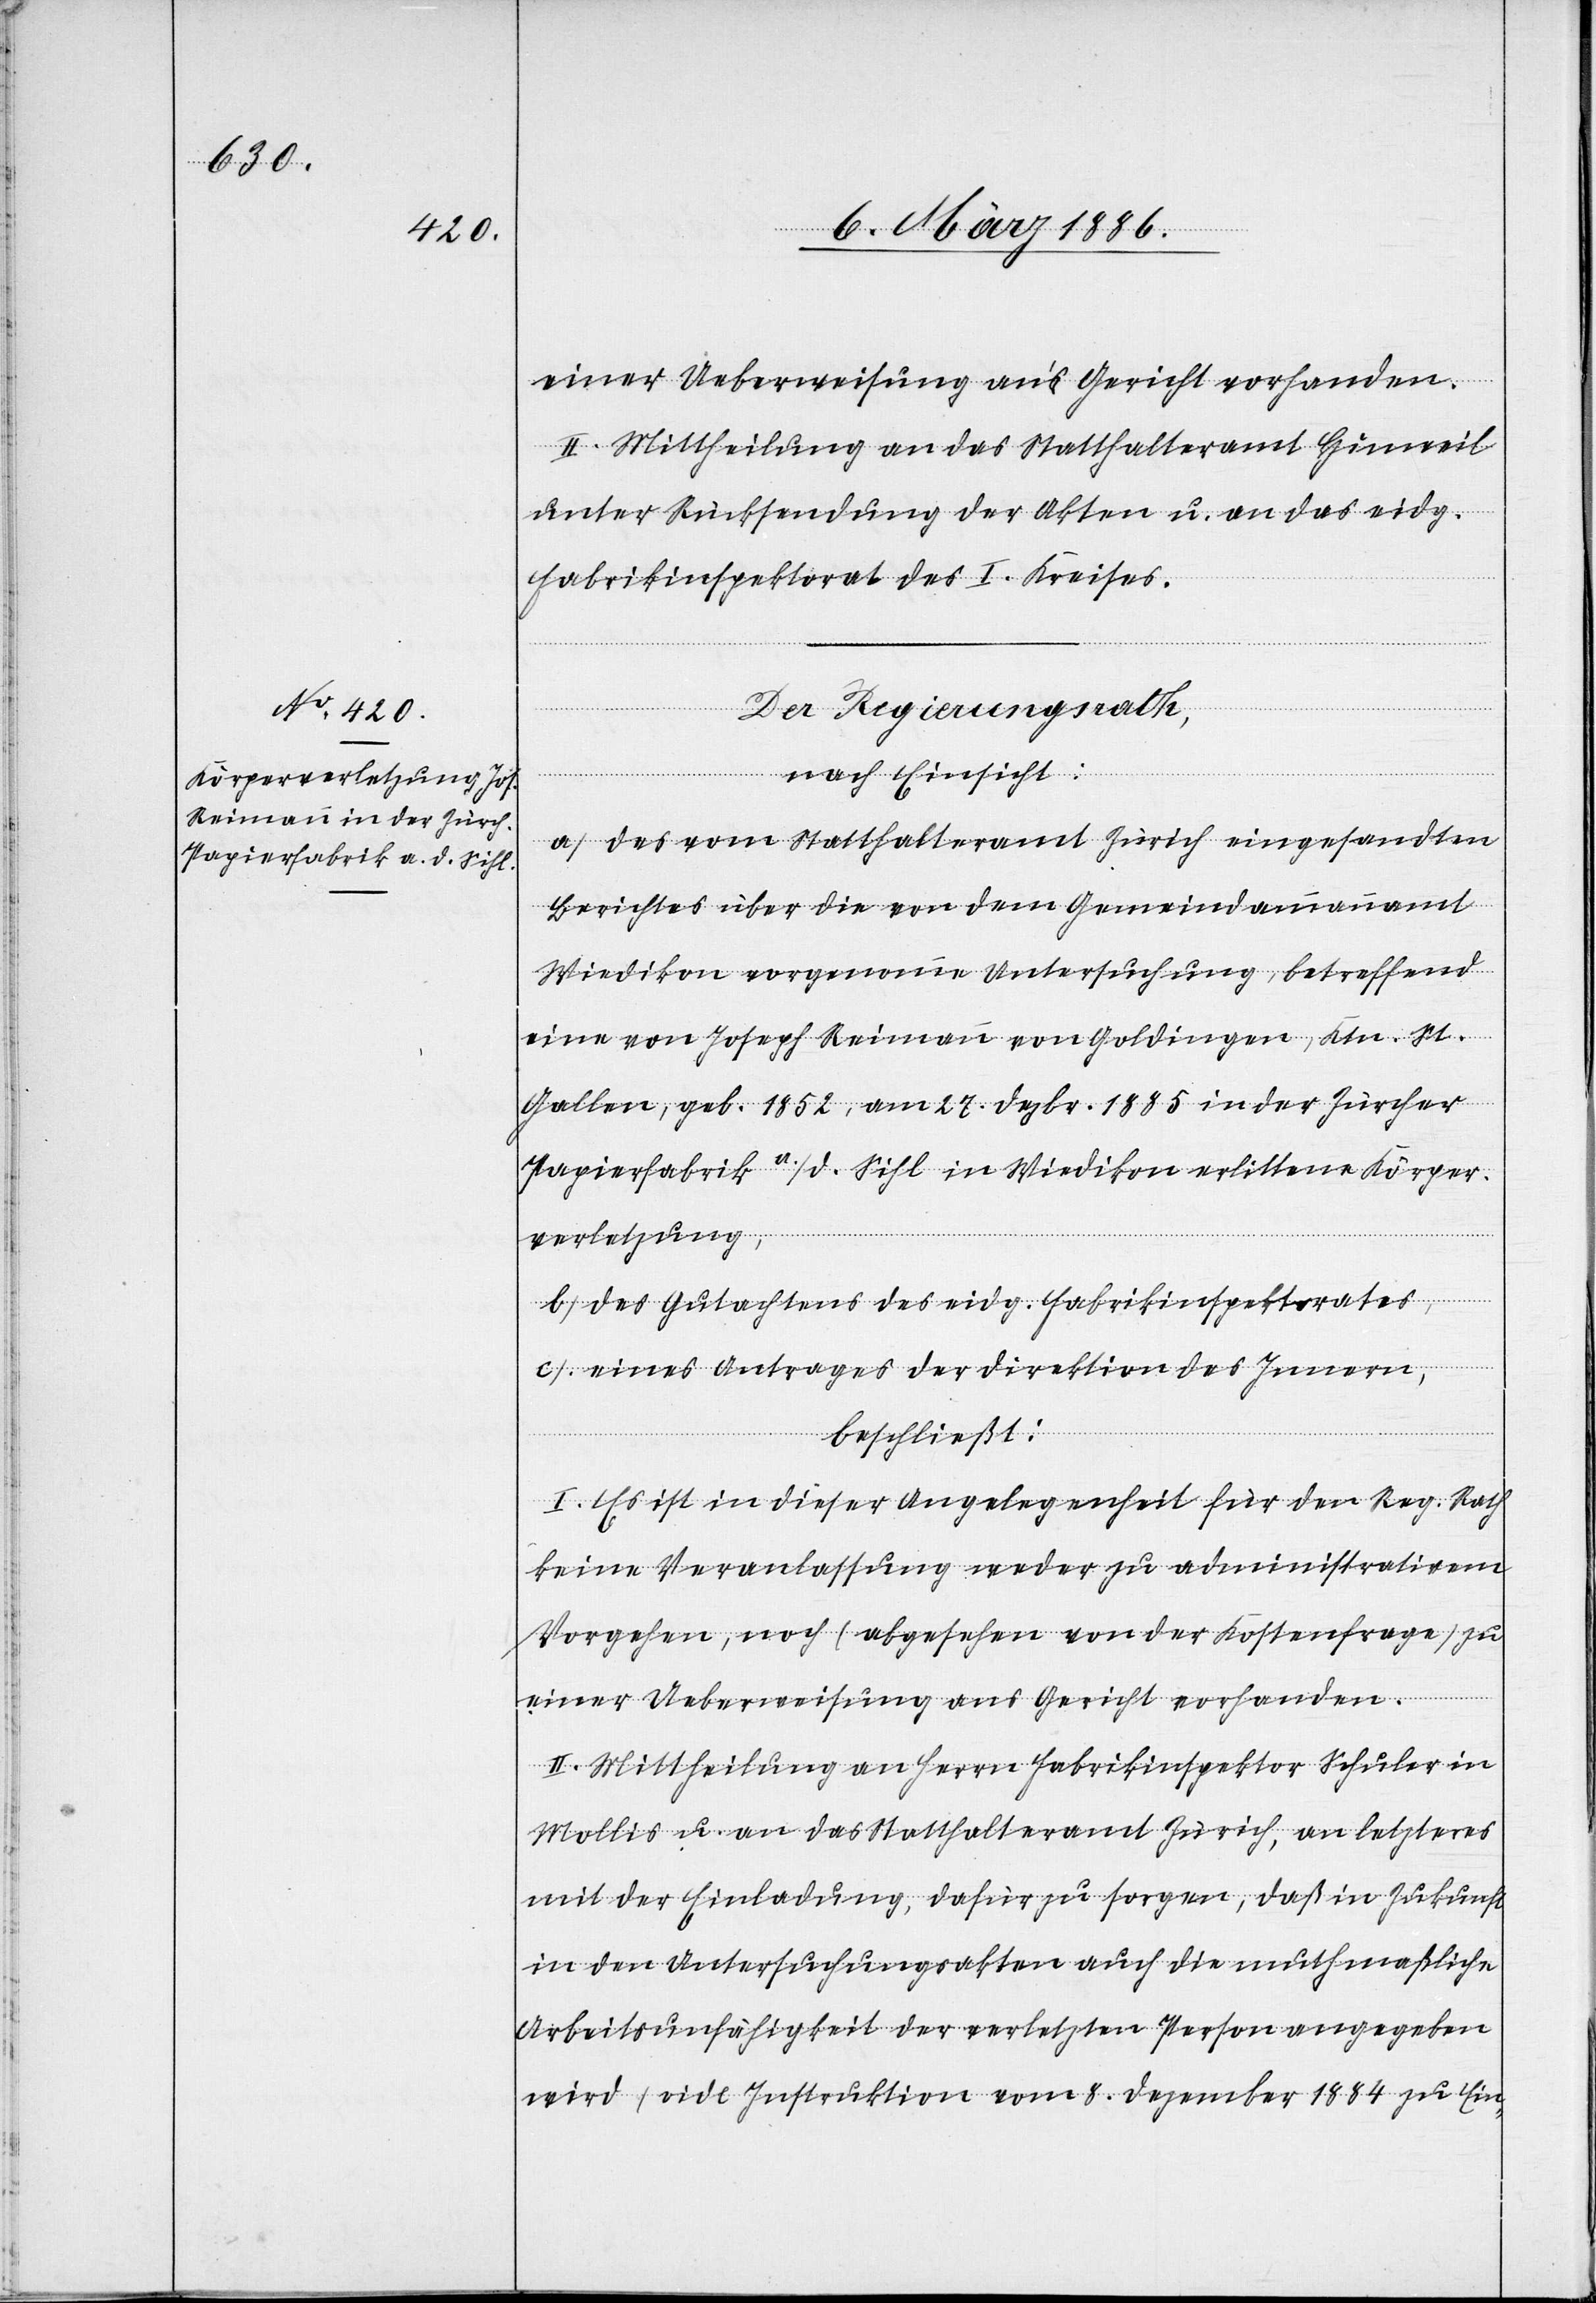
II. Mittheilung an das Statthalteramt Hinweil
unter Rücksendung der Akten u. an das eidg.
Fabrikinspektorat des I. Kreises.
Der Regierungsrath,
nach Einsicht:
a) Des vom Statthalteramt Zürich eingesandten
Berichtes über die von dem Gemeindeammannamte
Wiedikon vorgenommene Untersuchung, betreffend
eine von Joseph Reimann von Goldingen, Ktn. St.
Gallen, geb. 1852, am 27. Dez. 1885 in der Zürcher
Papierfabrik a./d. Sihl in Wiedikon erlittene Körper¬
verletzung,
b) Des Gutachtens des eidg. Fabrikinspektorates,
c) Eines Antrages der Direktion des Innern,
beschließt:
I. Es ist in dieser Angelegenheit für den Reg. Rath
keine Veranlassung weder zu administrativen
Vorgehen, noch (abgesehen von der Kostenfrage) zu
einer Ueberweisung ans Gericht vorhanden.
II. Mittheilung an Herrn Fabrikinspektor Schuler in
Mollis u. an das Statthalteramt Zürich, an letzteres
mit der Einladung, dafür zu sorgen, daß in Zukunft
in den Untersuchungsakten auch die muthmaßliche
Arbeitsunfähigkeit der verletzten Person angegeben
wird (vide Instruktion vom 8. Dezember 1884 zu Ein-